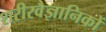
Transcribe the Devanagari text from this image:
शरीरवैज्ञानिकों